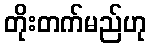
တိုးတက်မည်ဟု